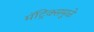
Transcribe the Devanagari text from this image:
मॅट्रिक्समुळे